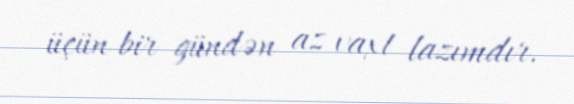
üçün bir gündən az vaxt lazımdır.